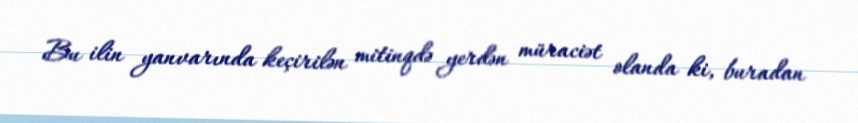
Bu ilin yanvarında keçirilən mitinqdə yerdən müraciət olanda ki, buradan